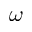
\omega